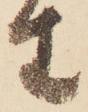
生